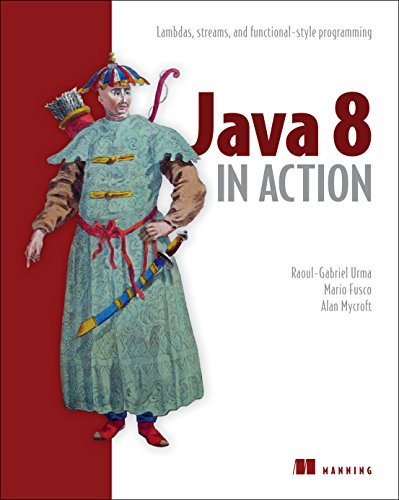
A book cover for Java 8 in Action: Lambdas, Streams, and functional-style programming; Raoul-Gabriel Urma; Computers & Technology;